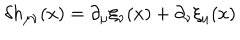
LaTeX: \delta h _ { \mu \nu } ( x ) = \partial _ { \mu } \xi _ { \nu } ( x ) + \partial _ { \nu } \xi _ { \mu } ( x )